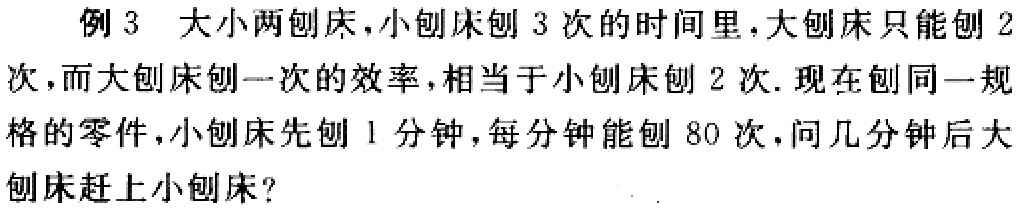
例 3 大小两刨床，小刨床刨 3 次的时间里，大刨床只能刨 2 次，而大刨床刨一次的效率，相当于小刨床刨 2 次. 现在刨同一规格的零件，小刨床先刨 1 分钟，每分钟能刨 80 次，问几分钟后大刨床赶上小刨床？